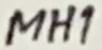
Text: MH1